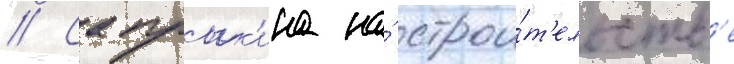
// Сапрык'ина на́ строи́т'ельств'е